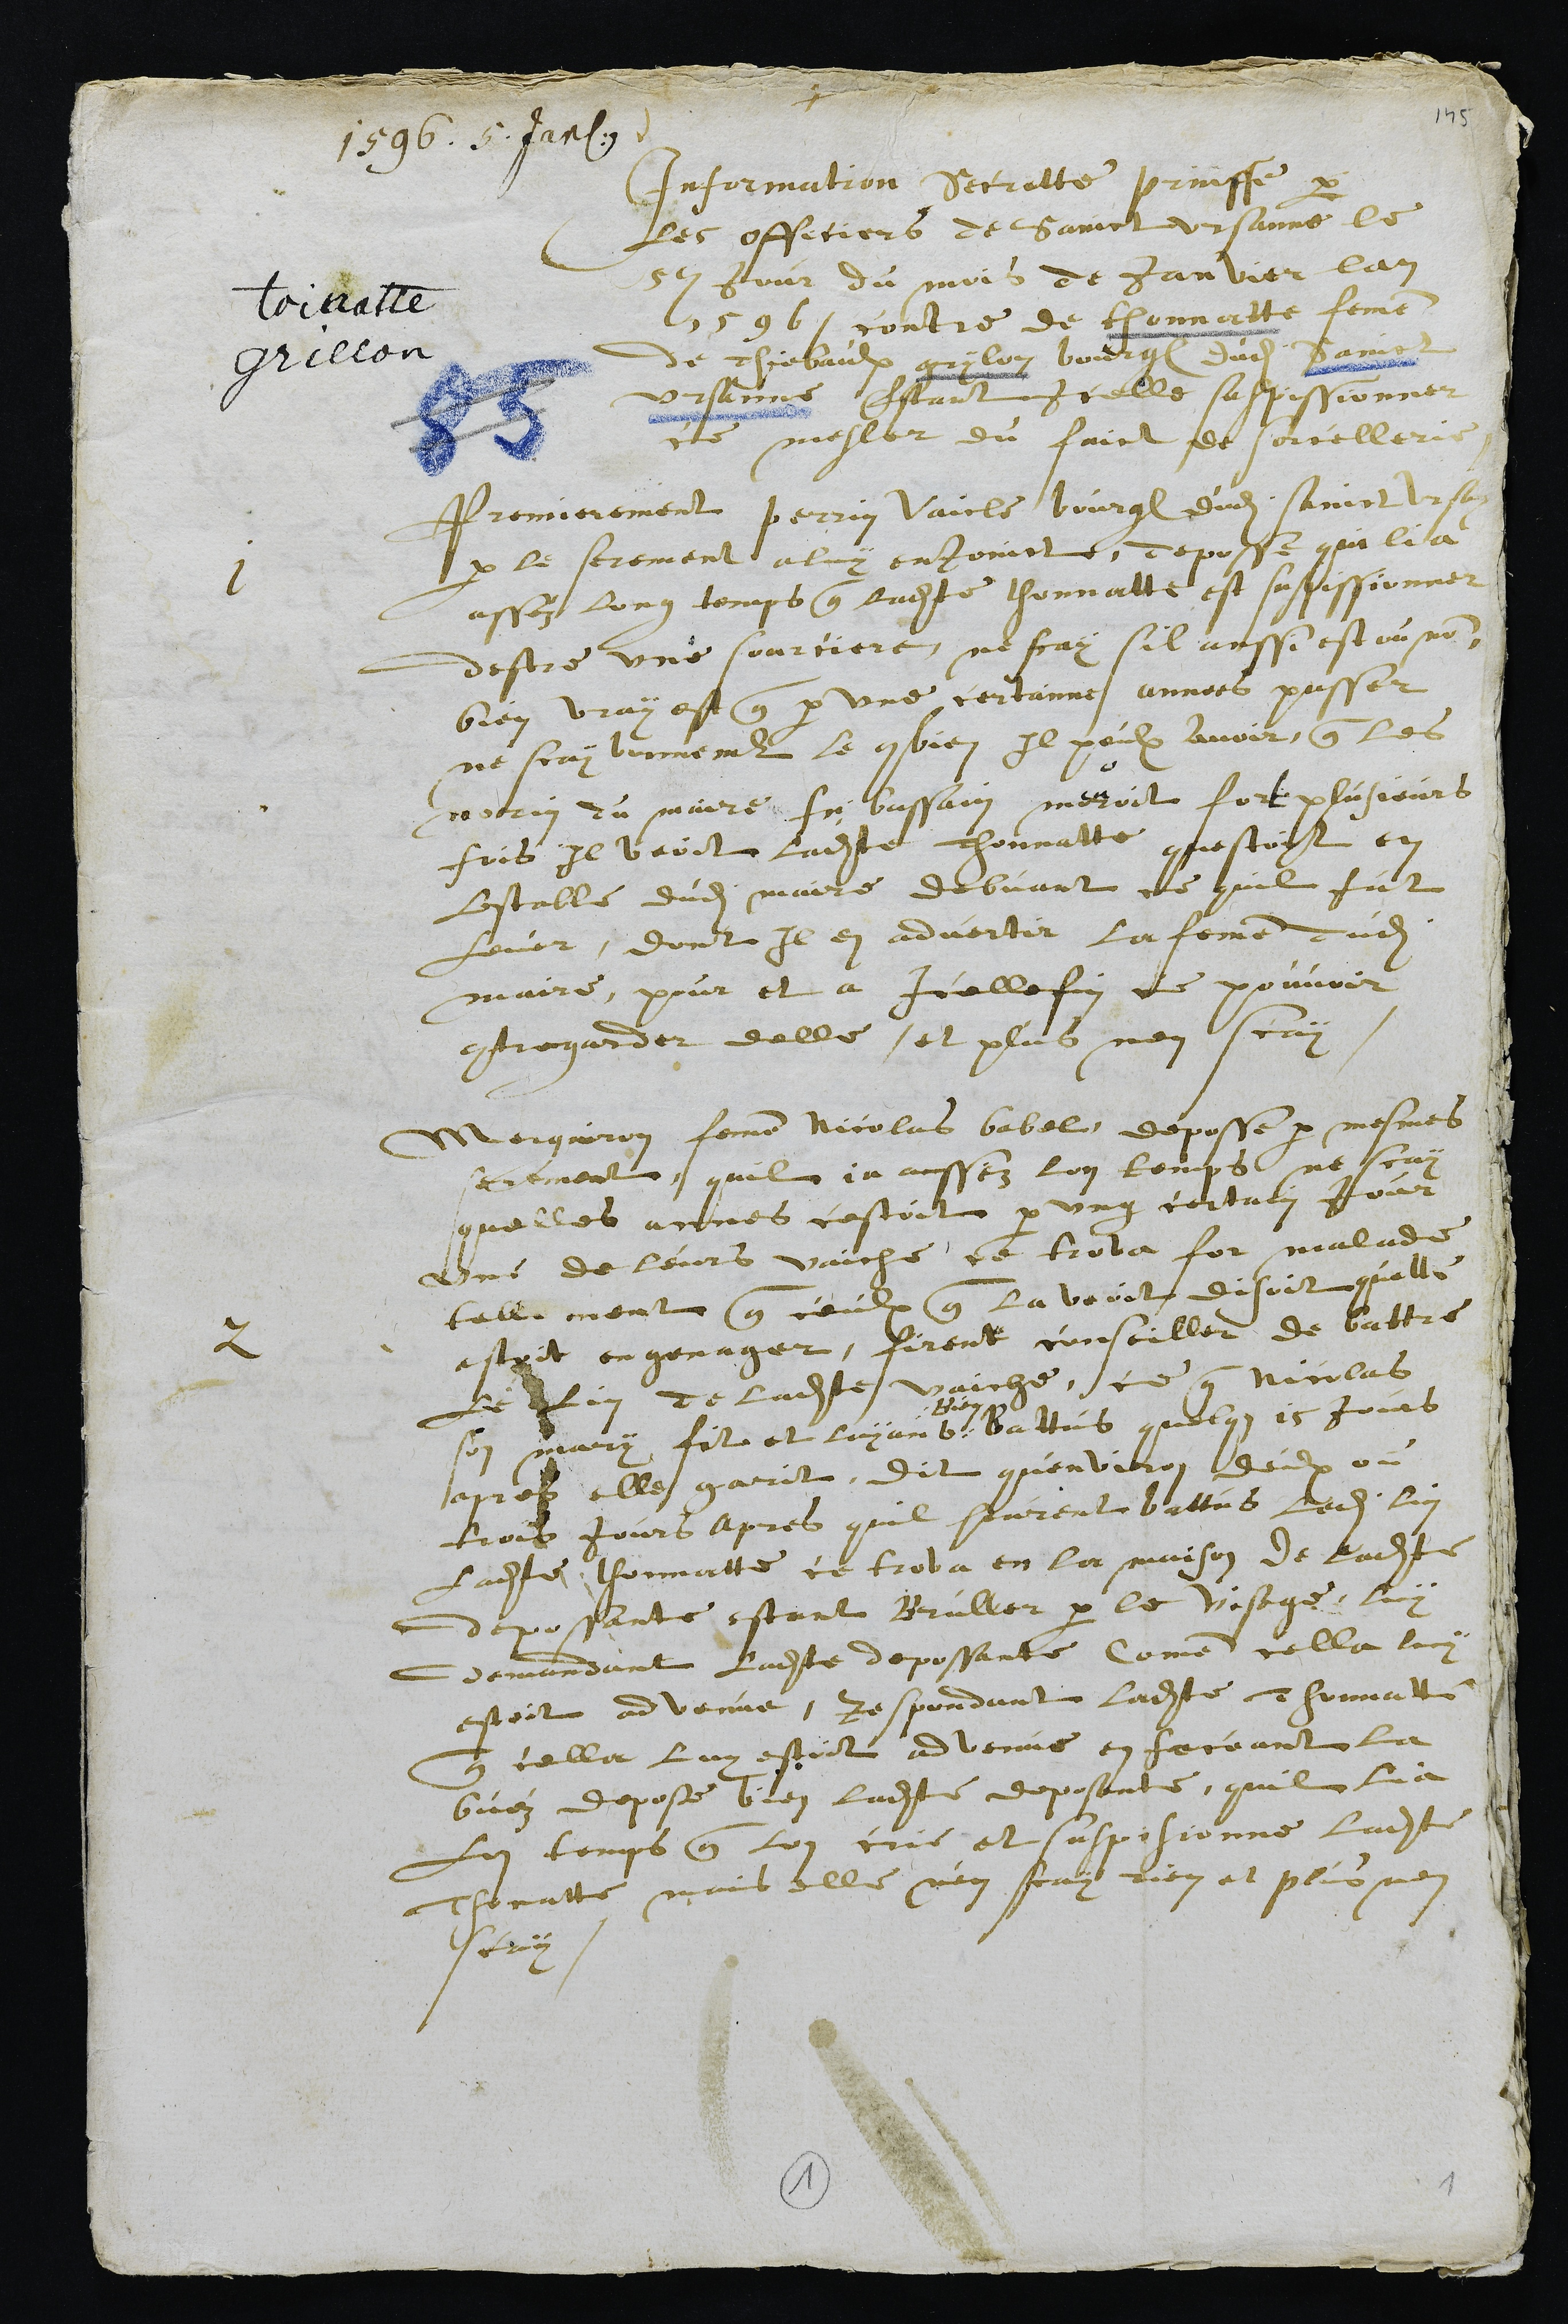
1596. 5. Jan.
Toinatte
grillon
Information secrette prinsse par
les officiers de Sainct Ursanne le
5e jour du mois de Janvier lan
1596, contre de thonnatte femme
de Thiebaulx grylon bourgeois dudit Sainct
Ursanne, Estant icelle suspissionner
ce mesler du faict de sorcellerie
1
Premierement Perrin Vaicle bourgeois dudit Sainct Ursanne
par le serement a luy enjoinct, deposse qui li a
assez long temps que ladite thonnatte est suspissionner
destre une sourciere, ne scay sil aussi est ou non
bien vray est que par une certainne annees passer
ne scay bonnement le combien Il peulx avoir, que les
norin du maire Je bassain mouroit fort plusieurs
fois il veoit ladite Thonnatte questoyt en
lestable dudit maire debvant ce quil fut
lever, dont il en advertir la femme dudit
maire, pour et a Icelle fin ce pouvoir
contregarder delle, et plus nen scay.
2
Marguiron femme Nicolas Babel deposse par mesmes
serment quil ia aussez lon temps ne scay
quelles annes cestoit par ung certain Jour
une de leurs vaiche ce trova for malade
tellement que ceulx que la veoit disoit quelle
estoit engenager, firent conseiller de battre
le lin de ladite vaiche, ce que Nicolas
son mary fit et layant b
Bien
Battus quelque 15 jours
apres elle garit, dit quenviron deux ou
trois jours apres quil heurent battus ledit lin
ladite Thonnatte ce trova en la maison de ladite
depossante estant bruller par le visage, luy
demandant ladite depossante comme cella luy
estoit advenue, Respondant ladite Thonnatte
que cella luy estoit advenue en feceant la
buéz depose bien ladite deposante, quil lia
Lon temps que lon crie et suspisionne ladite
Thonatte, mais elle n'en scay rien et plus nen
scay

1
1